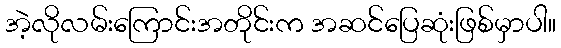
အဲ့လိုလမ်းကြောင်းအတိုင်းက အဆင်ပြေဆုံးဖြစ်မှာပါ။